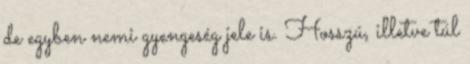
de egyben nemi gyengeség jele is. Hosszú, illetve túl